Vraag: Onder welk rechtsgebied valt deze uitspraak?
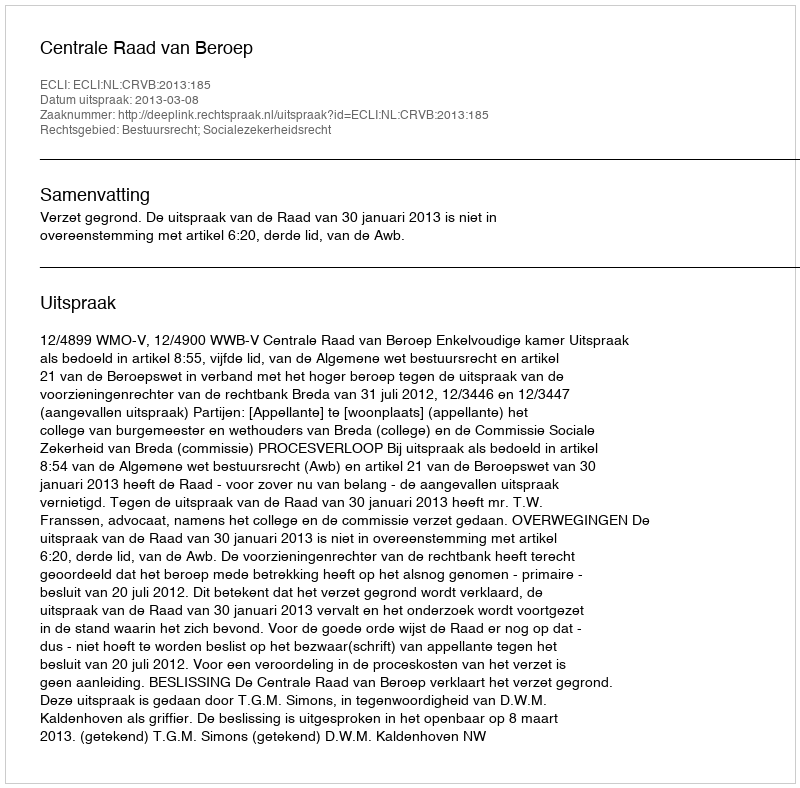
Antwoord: Bestuursrecht; Socialezekerheidsrecht